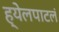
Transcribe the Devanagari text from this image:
ह्येलपाटलं